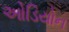
ઓડિયોન